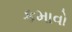
કમાવો